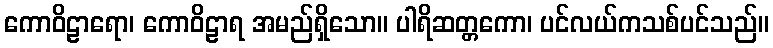
ကောဝိဠာရော၊ ကောဝိဠာရ အမည်ရှိသော။ ပါရိဆတ္တကော၊ ပင်လယ်ကသစ်ပင်သည်။